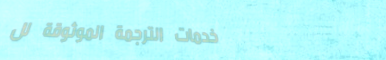
خدمات الترجمة الموثوقة لل